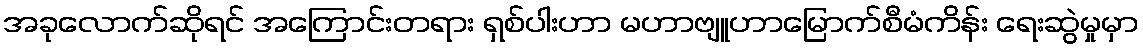
အခုလောက်ဆိုရင် အကြောင်းတရား ရှစ်ပါးဟာ မဟာဗျူဟာမြောက်စီမံကိန်း ရေးဆွဲမှုမှာ